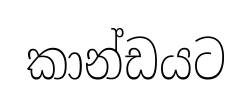
කාන්ඩයට